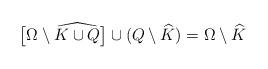
LaTeX: \begin{align*}\big[\Omega\setminus \widehat{K\cup Q}\big]\cup(Q\setminus\widehat K) = \Omega\setminus \widehat K\end{align*}